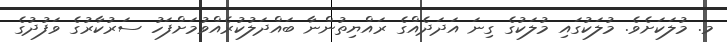
މ. މުލަކަށެވެ. މުލަކުގައި މުލަކުގެ ގިނަ އަދަދެއްގެ ރައްޔިތުންނާ ބައްދަލުކުރެއްވުމަށްފަހު ސަރުކާރުގެ ވަފުދުގެ